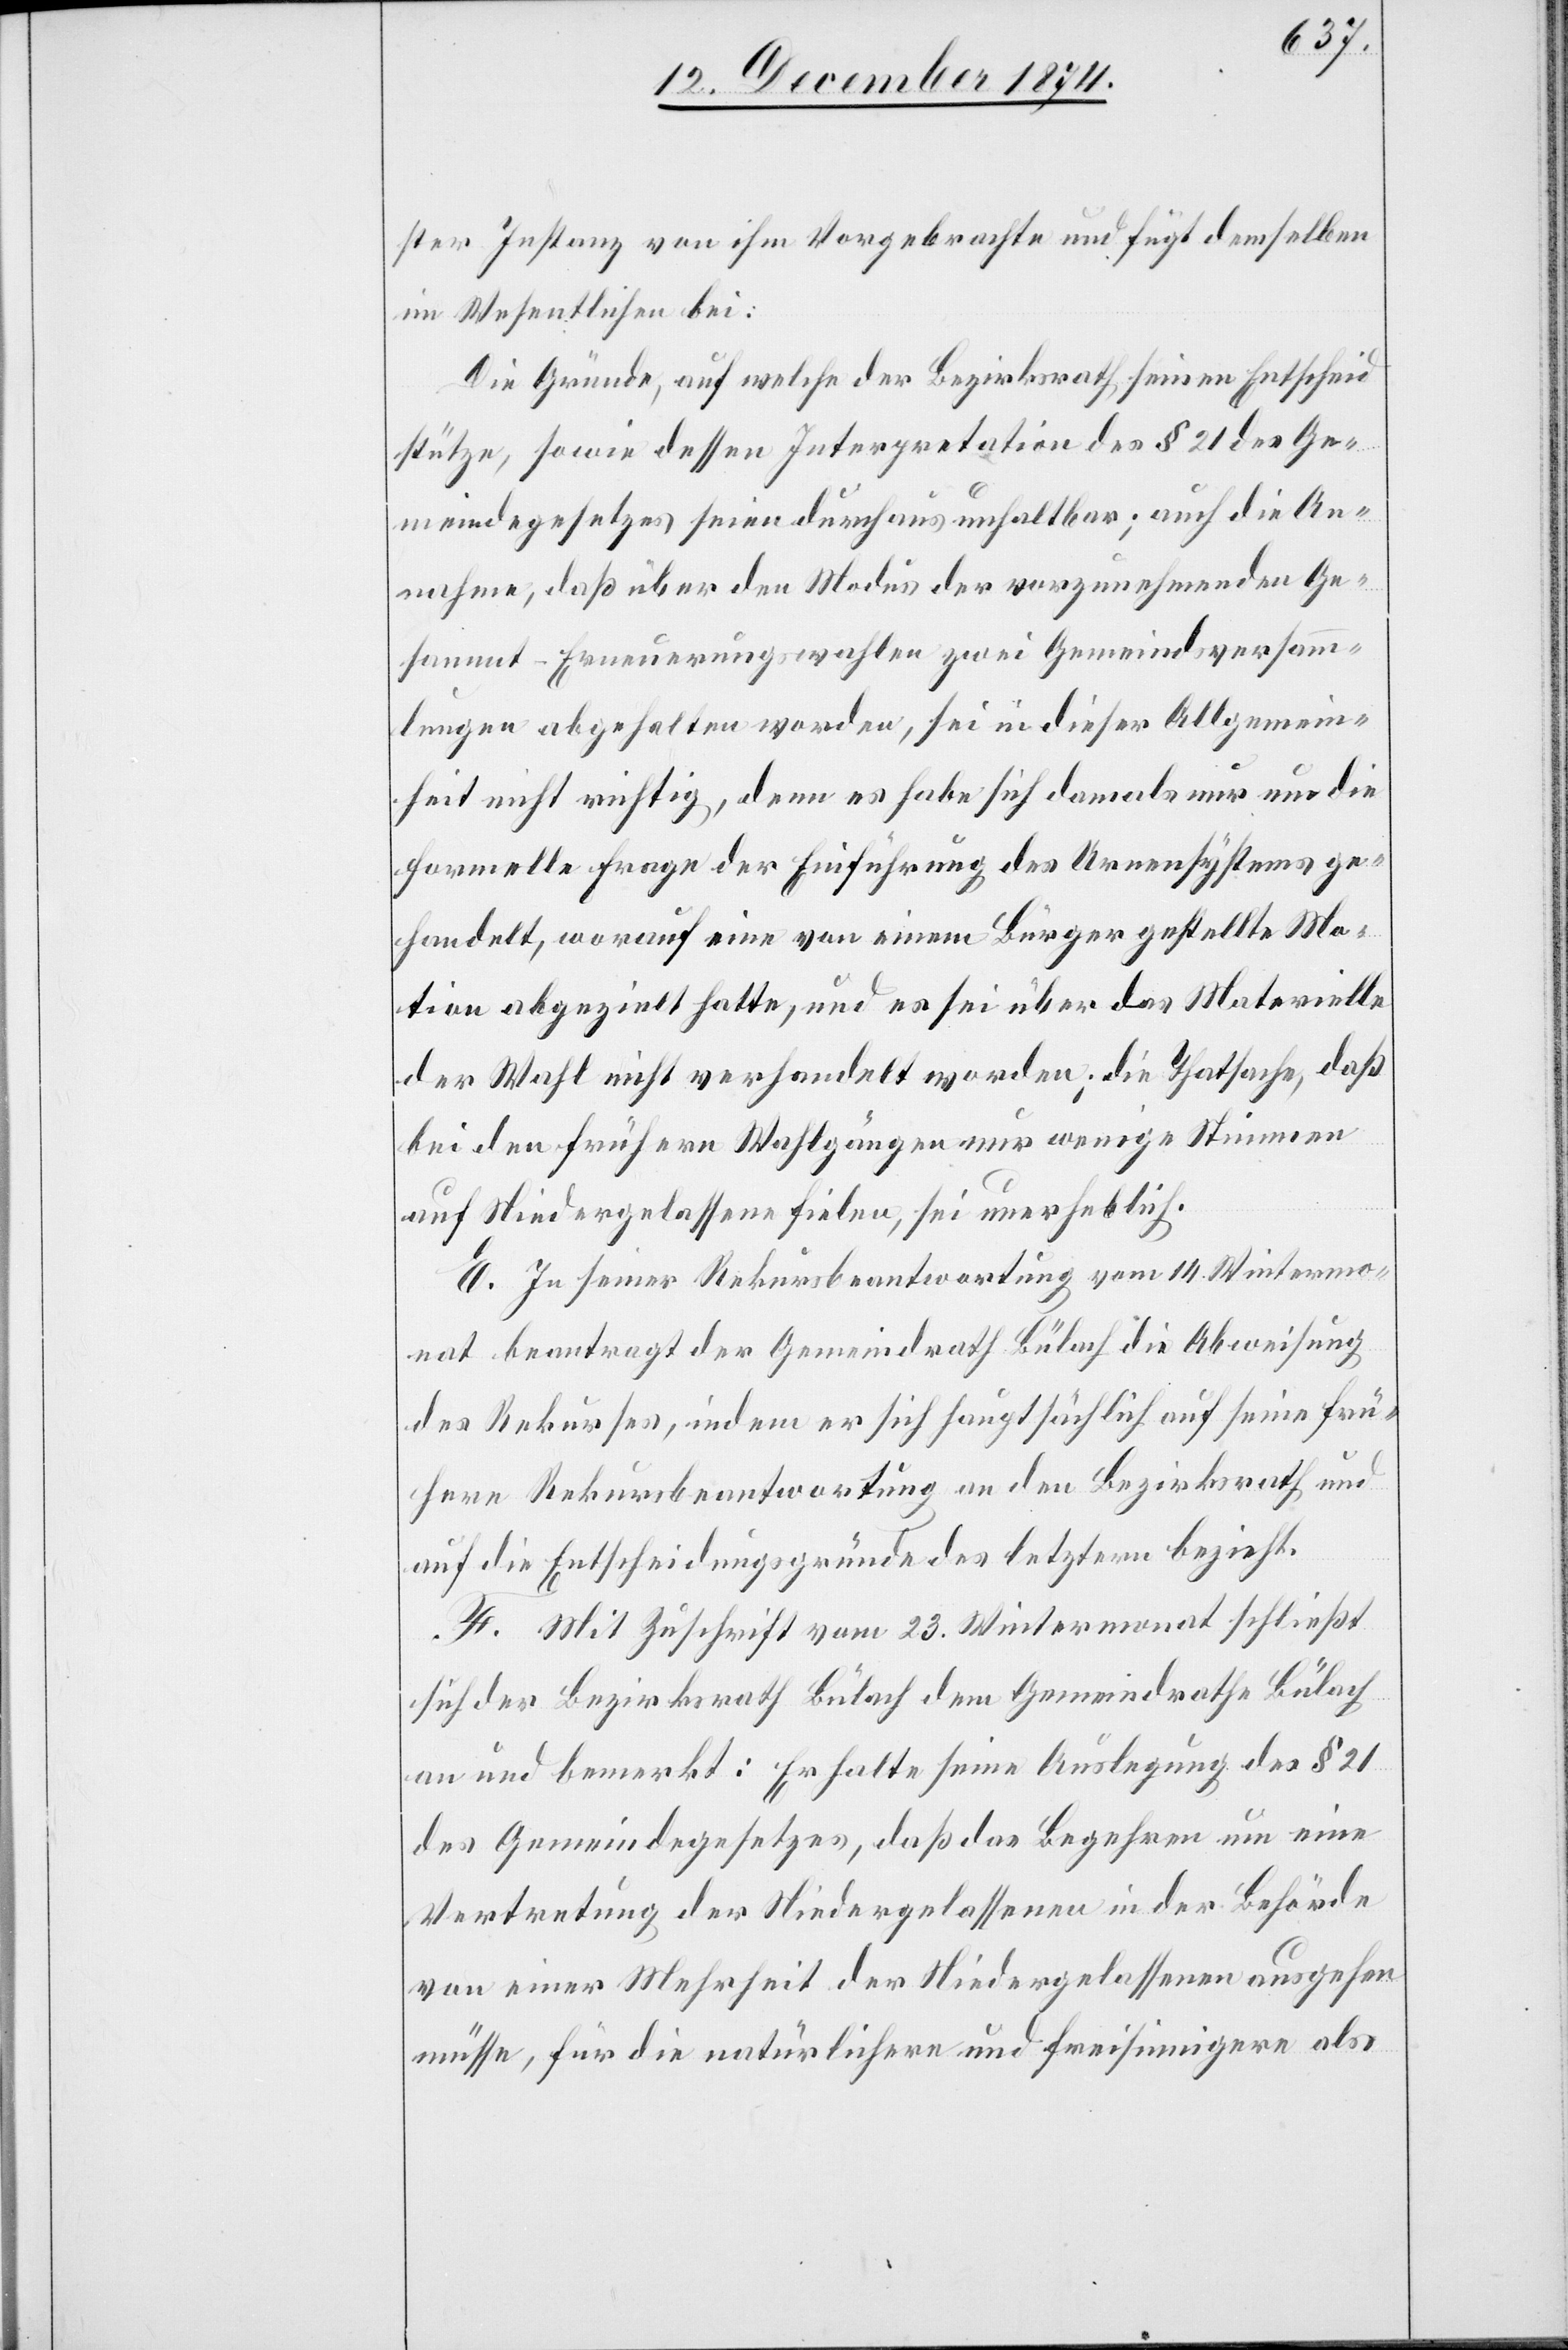
ster Instanz von ihm Vorgebrachte und fügt demselben
im Wesentlichen bei:
Die Gründe, auf welche der Bezirksrath seinen Entscheid
stütze, sowie dessen Interpretation des § 21 des Ge¬
meindegesetzes seien durchaus unhaltbar; auch die An¬
nahme, daß über den Modus der vorzunehmenden Ge¬
sammt-Erneuerungswahlen zwei Gemeindsversamm¬
lungen abgehalten worden, sei in dieser Allgemein¬
heit nicht richtig, denn es habe sich damals nur um die
formelle Frage der Einführung des Urnensystems ge¬
handelt, worauf eine von einem Bürger gestellte Mo¬
tion abgezielt hatte, und es sei über das Materielle
der Wahl nicht verhandelt worden; die Thatsache, daß
bei den frühern Wahlgängen nur wenige Stimmen
auf Niedergelassene fielen, sei unerheblich.
E. In seiner Rekursbeantwortung vom 14. Wintermo¬
nat beantragt der Gemeindrath Bülach die Abweisung
des Rekurses, indem er sich hauptsächlich auf seine frü¬
here Rekursbeantwortung an den Bezirksrath und
auf die Entscheidungsgründe des letztern bezieht.
F. Mit Zuschrift vom 23. Wintermonat schließt
sich der Bezirksrath Bülach dem Gemeindrathe Bülach
an und bemerkt: Er halte seine Auslegung des § 21
des Gemeindegesetzes, daß das Begehren um eine
Vertretung der Niedergelassenen in der Behörde
von einer Mehrheit der Niedergelassenen ausgehen
müsse, für die natürlichere und freisinnigere als